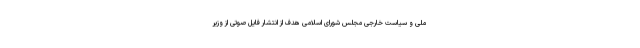
ملی و سیاست خارجی مجلس شورای اسلامی هدف از انتشار فایل صوتی از وزیر